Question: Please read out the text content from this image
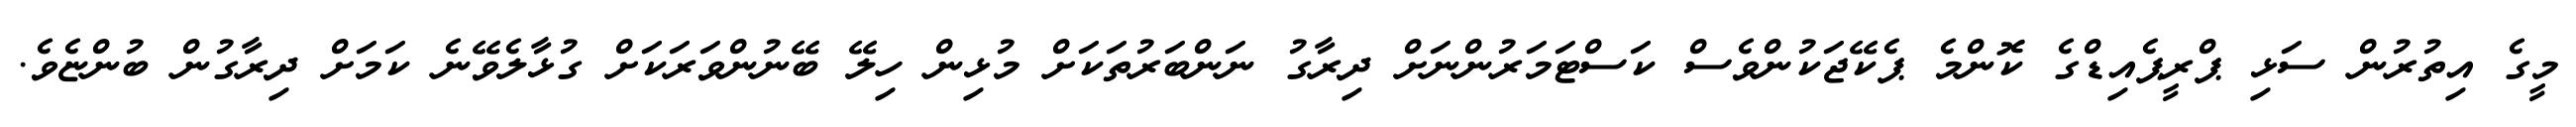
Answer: މީގެ އިތުރުން ސަޅި ޕްރީޕެއިޑްގެ ކޮންމެ ޕެކޭޖަކުންވެސް ކަސްޓަމަރުންނަށް ދިރާގު ނަންބަރުތަކަށް މުޅިން ހިލޭ ބޭނުންވަރަކަށް ގުޅާލެވޭނެ ކަމަށް ދިރާގުން ބުންޏެވެ.